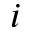
i